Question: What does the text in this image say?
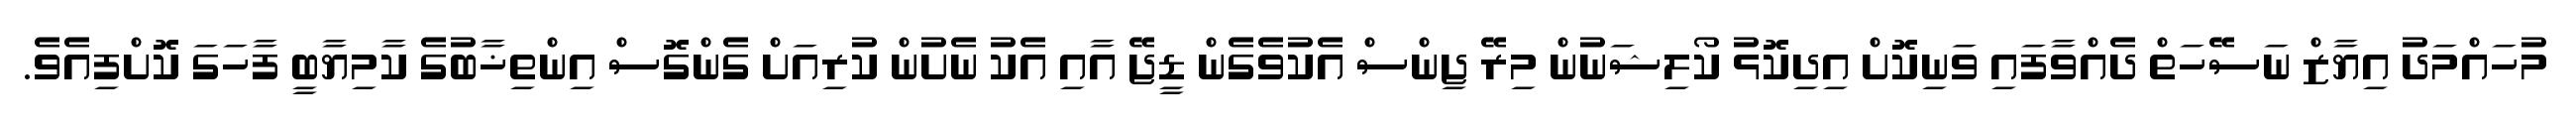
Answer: މުހައްމަދު އިޔާޒް ނަސޭހަތް ދެއްވާފައި ވަނިކޮށް އިދިކޮޅު ކޯލިޝަނުން މިރޭ ޖިންސް އެކުވެގެން ޑީޖޭ އާއި އެކު ނެށުން ކުރިއަށް ގެންގޮސް އިންތިޚާބުގެ ކާމިޔާބީ ފާހަގަ ކޮށްފިއެވެ.